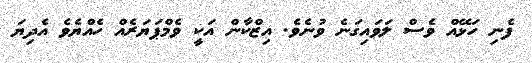
ފެނި ހަޅޭއް ވެސް ލަވައިގަނެ ވުނެވެ. އިޒްކާން އަކީ ވެމްޕަޔަރެއް ހެއްޔެވެ އެދިޔަ